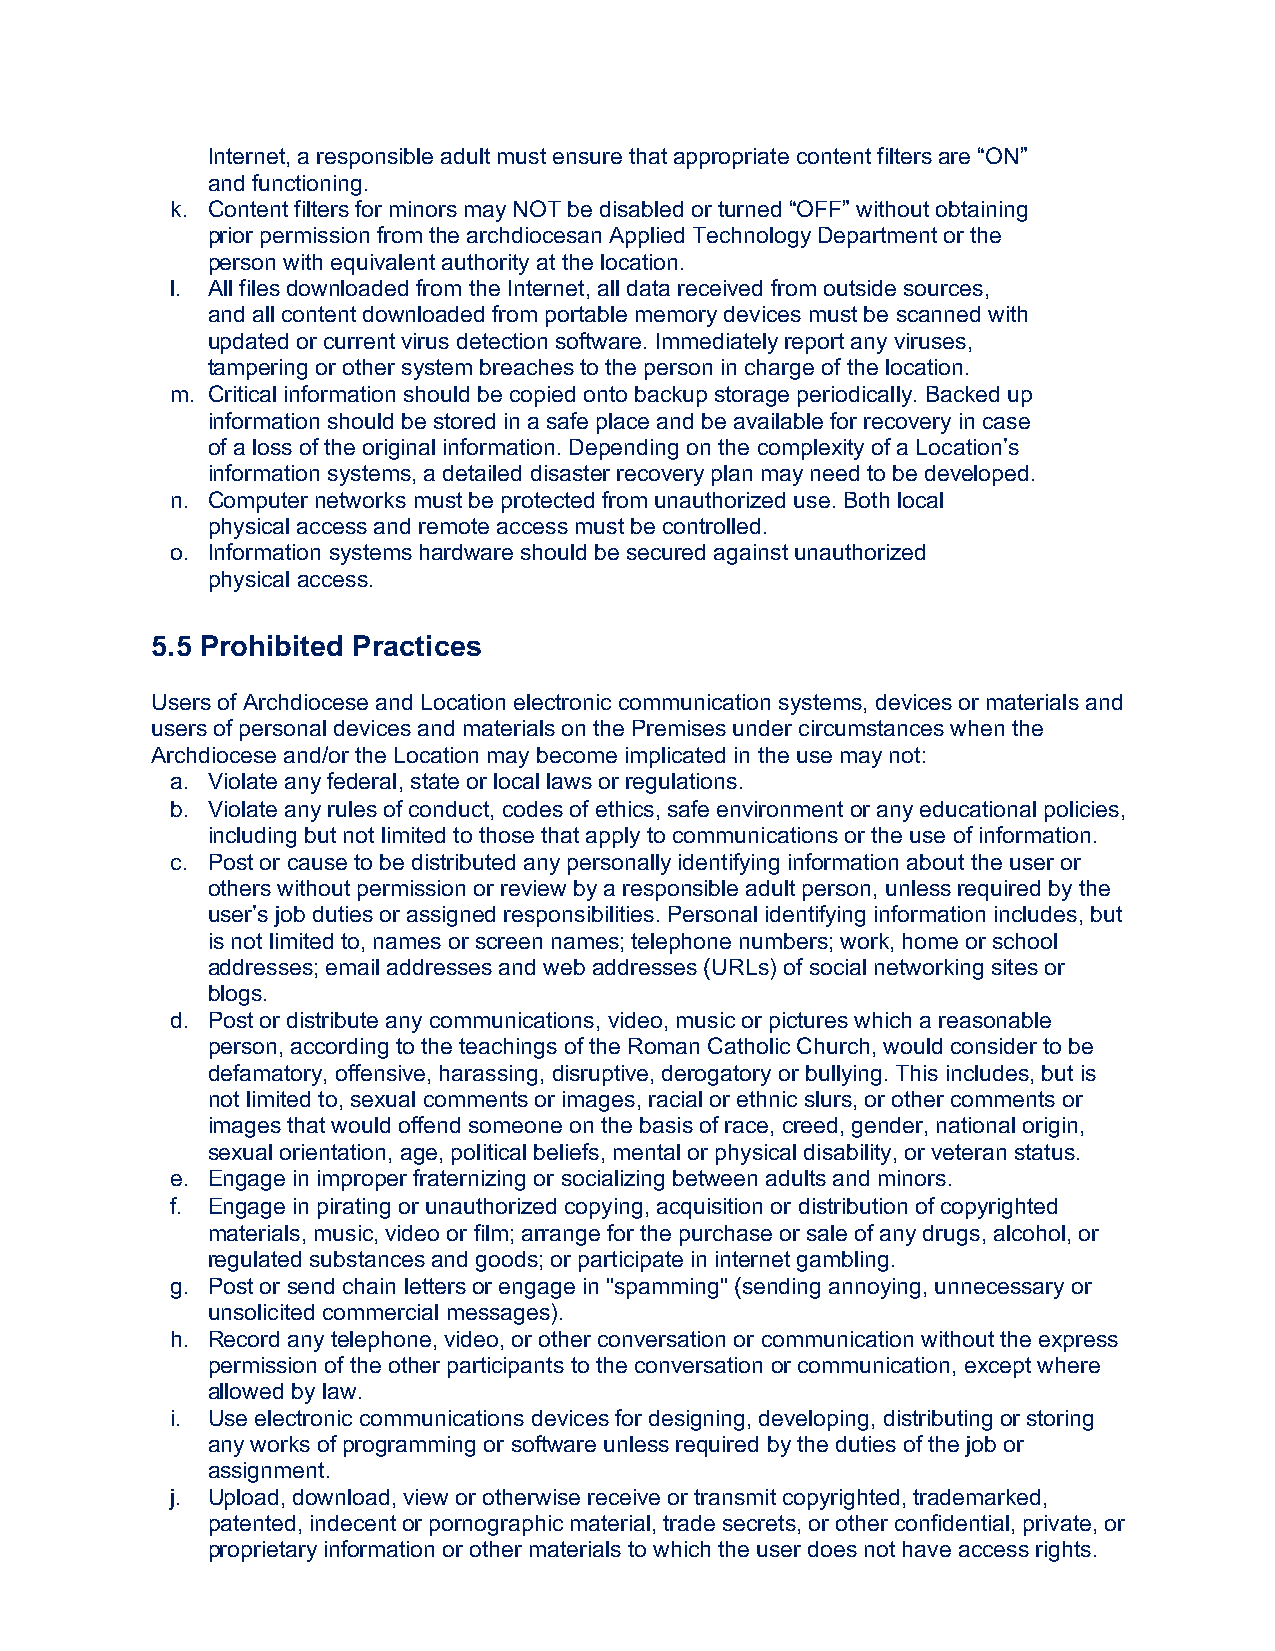
Internet, a responsible adult must ensure that appropriate content filters are “ON”
 and functioning.
 k. Content filters for minors may NOT be disabled or turned “OFF” without obtaining
 prior permission from the archdiocesan Applied Technology Department or the
 person with equivalent authority at the location.
 l. All files downloaded from the Internet, all data received from outside sources,
 and all content downloaded from portable memory devices must be scanned with
 updated or current virus detection software. Immediately report any viruses,
 tampering or other system breaches to the person in charge of the location.
 m. Critical information should be copied onto backup storage periodically. Backed up
 information should be stored in a safe place and be available for recovery in case
 of a loss of the original information. Depending on the complexity of a Location’s
 information systems, a detailed disaster recovery plan may need to be developed.
 n. Computer networks must be protected from unauthorized use. Both local
 physical access and remote access must be controlled.
 o. Information systems hardware should be secured against unauthorized
 physical access.
 5.5 Prohibited Practices
 Users of Archdiocese and Location electronic communication systems, devices or materials and
 users of personal devices and materials on the Premises under circumstances when the
 Archdiocese and/or the Location may become implicated in the use may not:
 a. Violate any federal, state or local laws or regulations.
 b. Violate any rules of conduct, codes of ethics, safe environment or any educational policies,
 including but not limited to those that apply to communications or the use of information.
 c. Post or cause to be distributed any personally identifying information about the user or
 others without permission or review by a responsible adult person, unless required by the
 user’s job duties or assigned responsibilities. Personal identifying information includes, but
 is not limited to, names or screen names; telephone numbers; work, home or school
 addresses; email addresses and web addresses (URLs) of social networking sites or
 blogs.
 d. Post or distribute any communications, video, music or pictures which a reasonable
 person, according to the teachings of the Roman Catholic Church, would consider to be
 defamatory, offensive, harassing, disruptive, derogatory or bullying. This includes, but is
 not limited to, sexual comments or images, racial or ethnic slurs, or other comments or
 images that would offend someone on the basis of race, creed, gender, national origin,
 sexual orientation, age, political beliefs, mental or physical disability, or veteran status.
 e. Engage in improper fraternizing or socializing between adults and minors.
 f. Engage in pirating or unauthorized copying, acquisition or distribution of copyrighted
 materials, music, video or film; arrange for the purchase or sale of any drugs, alcohol, or
 regulated substances and goods; or participate in internet gambling.
 g. Post or send chain letters or engage in "spamming" (sending annoying, unnecessary or
 unsolicited commercial messages).
 h. Record any telephone, video, or other conversation or communication without the express
 permission of the other participants to the conversation or communication, except where
 allowed by law.
 i. Use electronic communications devices for designing, developing, distributing or storing
 any works of programming or software unless required by the duties of the job or
 assignment.
 j. Upload, download, view or otherwise receive or transmit copyrighted, trademarked,
 patented, indecent or pornographic material, trade secrets, or other confidential, private, or
 proprietary information or other materials to which the user does not have access rights.